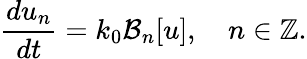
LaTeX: \frac{du_{n}}{dt}=k_{0}\mathcal{B}_{n}[u],\quad n\in\mathbb{Z}.